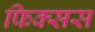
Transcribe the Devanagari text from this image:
फिक्सस